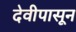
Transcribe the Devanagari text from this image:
देवीपासून